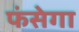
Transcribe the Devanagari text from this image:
फंसेगा